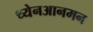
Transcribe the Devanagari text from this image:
थ्येनआनमन